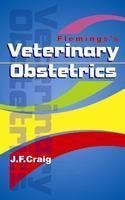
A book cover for Flemings's Veterinary Obstetrics ; Including the Diseases and Accidents Incidental to Pregnancy and Parturition; Craig J. F.; Medical Books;